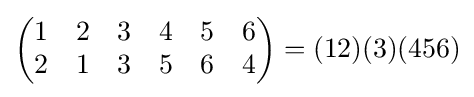
\left({\begin{matrix}1&2&3&4&5&6\\2&1&3&5&6&4\end{matrix}}\right)=(12)(3)(456)